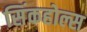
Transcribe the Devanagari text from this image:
सिंकहोल्स